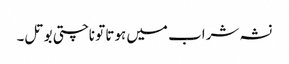
نشہ شراب میں ہوتا تو ناچتی بوتل۔